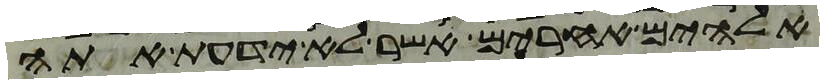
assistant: אלהים אחרים אשר לא ידעת אתה